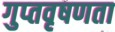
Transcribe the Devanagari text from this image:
गुप्‍तवृषणता